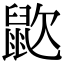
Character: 𪕆